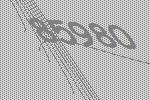
85980